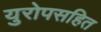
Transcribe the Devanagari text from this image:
युरोपसहित